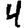
Digit: 4